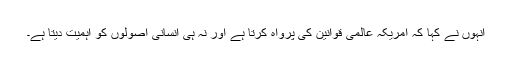
انہوں نے کہا کہ امریکہ عالمی قوانین کی پرواہ کرتا ہے اور نہ ہی انسانی اصولوں کو اہمیت دیتا ہے۔